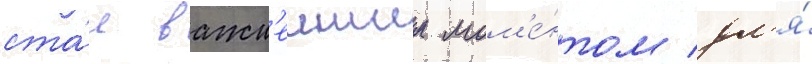
ста́л важн'еишим мом'е́нтом дл'я́